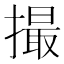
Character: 撮